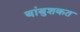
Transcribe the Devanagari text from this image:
थांबुशकत